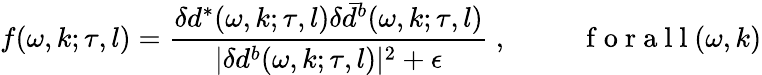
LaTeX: f(\omega,k;\tau,l)=\frac{\delta d^{*}(\omega,k;\tau,l)\delta\bar{d}^{b}(\omega,k;\tau,l)}{|\delta d^{b}(\omega,k;\tau,l)|^{2}+\epsilon}\mathrm{~,~~~~~~~~~~~f~o~r~a~l~l~}(\omega,k)